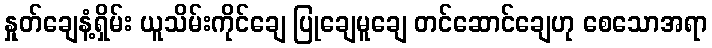
နှုတ်ချေနံ့ရှိမ်း ယူသိမ်းကိုင်ချေ ပြုချေမူချေ တင်ဆောင်ချေဟု စေသောအရာ